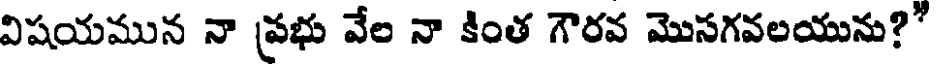
విషయమున నా ప్రభు వేల నా కింత గౌరవ మొసగవలయును?'